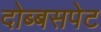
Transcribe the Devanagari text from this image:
दोब्बसपेट